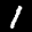
Label: 1